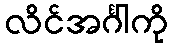
လိင်အင်္ဂါကို